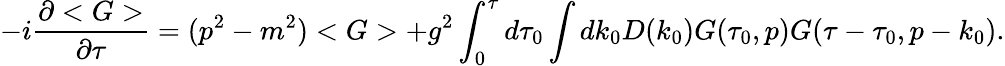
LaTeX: -i\frac{\partial<G>}{\partial\tau}=(p^{2}-m^{2})<G>+g^{2}\int_{0}^{\tau}d\tau_{0}\int dk_{0}D(k_{0})G(\tau_{0},p)G(\tau-\tau_{0},p-k_{0}).